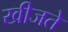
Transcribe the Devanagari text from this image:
खीजते